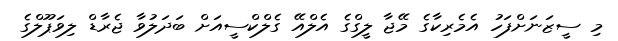
މި ސީޒަނަށްފަހު އެމެރިކާގެ މޭޖާ ލީގްގެ އެލްއޭ ގެލްކްސީއަށް ބަދަލުވާ ޖެރާޑް ލިވަޕޫލްގެ